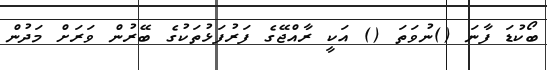
ބޯކުޑަ ފާނަ ()ނުވަތަ () އަކީ ރާއްޖޭގެ ފަރުފަޅުތަކުގެ ބޭރުން ވަރަށް މަދުން